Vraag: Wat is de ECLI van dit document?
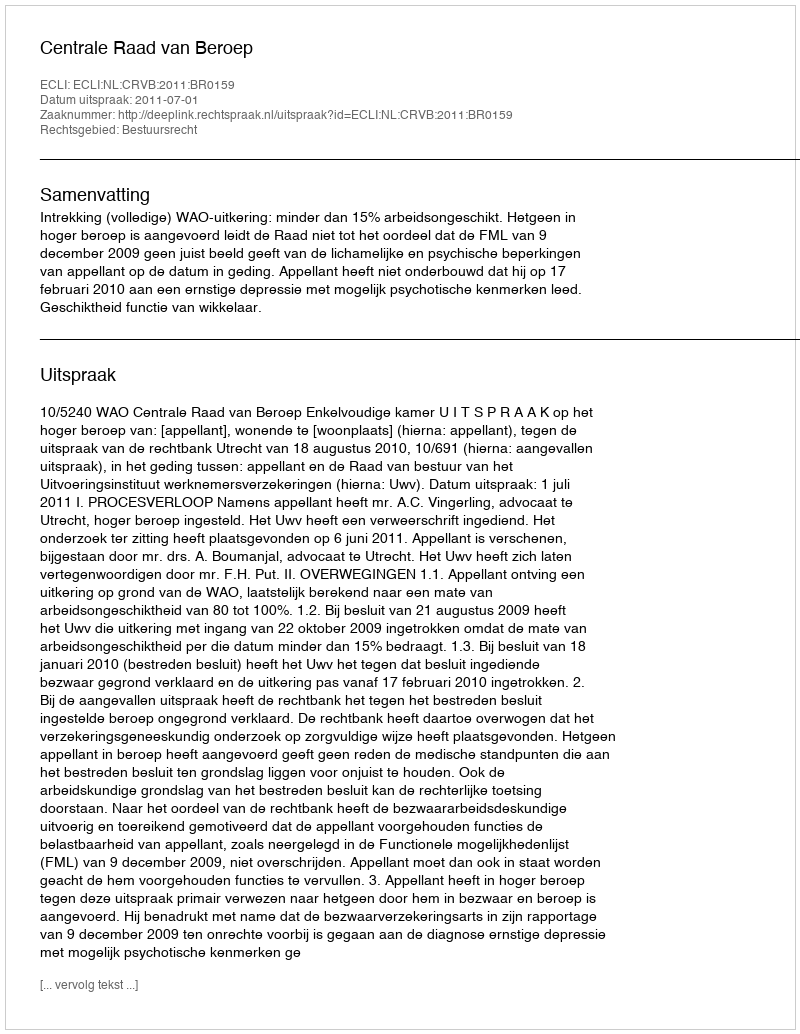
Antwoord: ECLI:NL:CRVB:2011:BR0159